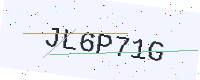
Text: JL6P71G